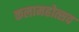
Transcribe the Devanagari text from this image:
कलामहोत्सव